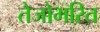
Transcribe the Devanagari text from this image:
तेजोभरित